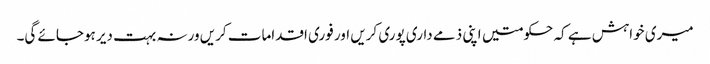
میری خواہش ہے کہ حکومتیں اپنی ذمے داری پوری کریں اور فوری اقدامات کریں ورنہ بہت دیر ہوجائے گی۔